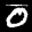
Label: 0